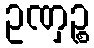
ဥဏှဉ္စ